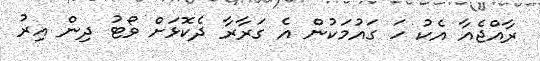
ރާއްޖެއާ އެކު ހަ ގައުމަކުން އެ ގަރާރާ ދެކޮޅަށް ވޯޓު ދިން އިރު